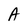
Character: A